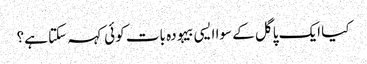
کیا ایک پاگل کے سوا ایسی بیہودہ بات کوئی کہہ سکتا ہے؟